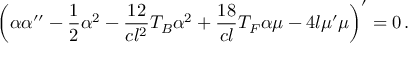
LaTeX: \left( \alpha \alpha ^ { \prime \prime } - \frac 1 2 \alpha ^ { 2 } - \frac { 1 2 } { c l ^ { 2 } } T _ { B } \alpha ^ { 2 } + \frac { 1 8 } { c l } T _ { F } \alpha \mu - 4 l \mu ^ { \prime } \mu \right) ^ { \prime } = 0 \, .